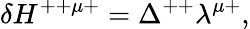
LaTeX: \delta H^{++\mu+}=\Delta^{++}\lambda^{\mu+},